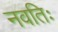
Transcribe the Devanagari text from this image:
नवतिः